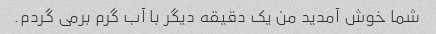
شما خوش آمدید من یک دقیقه دیگر با آب گرم برمی گردم.